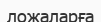
ложаларға